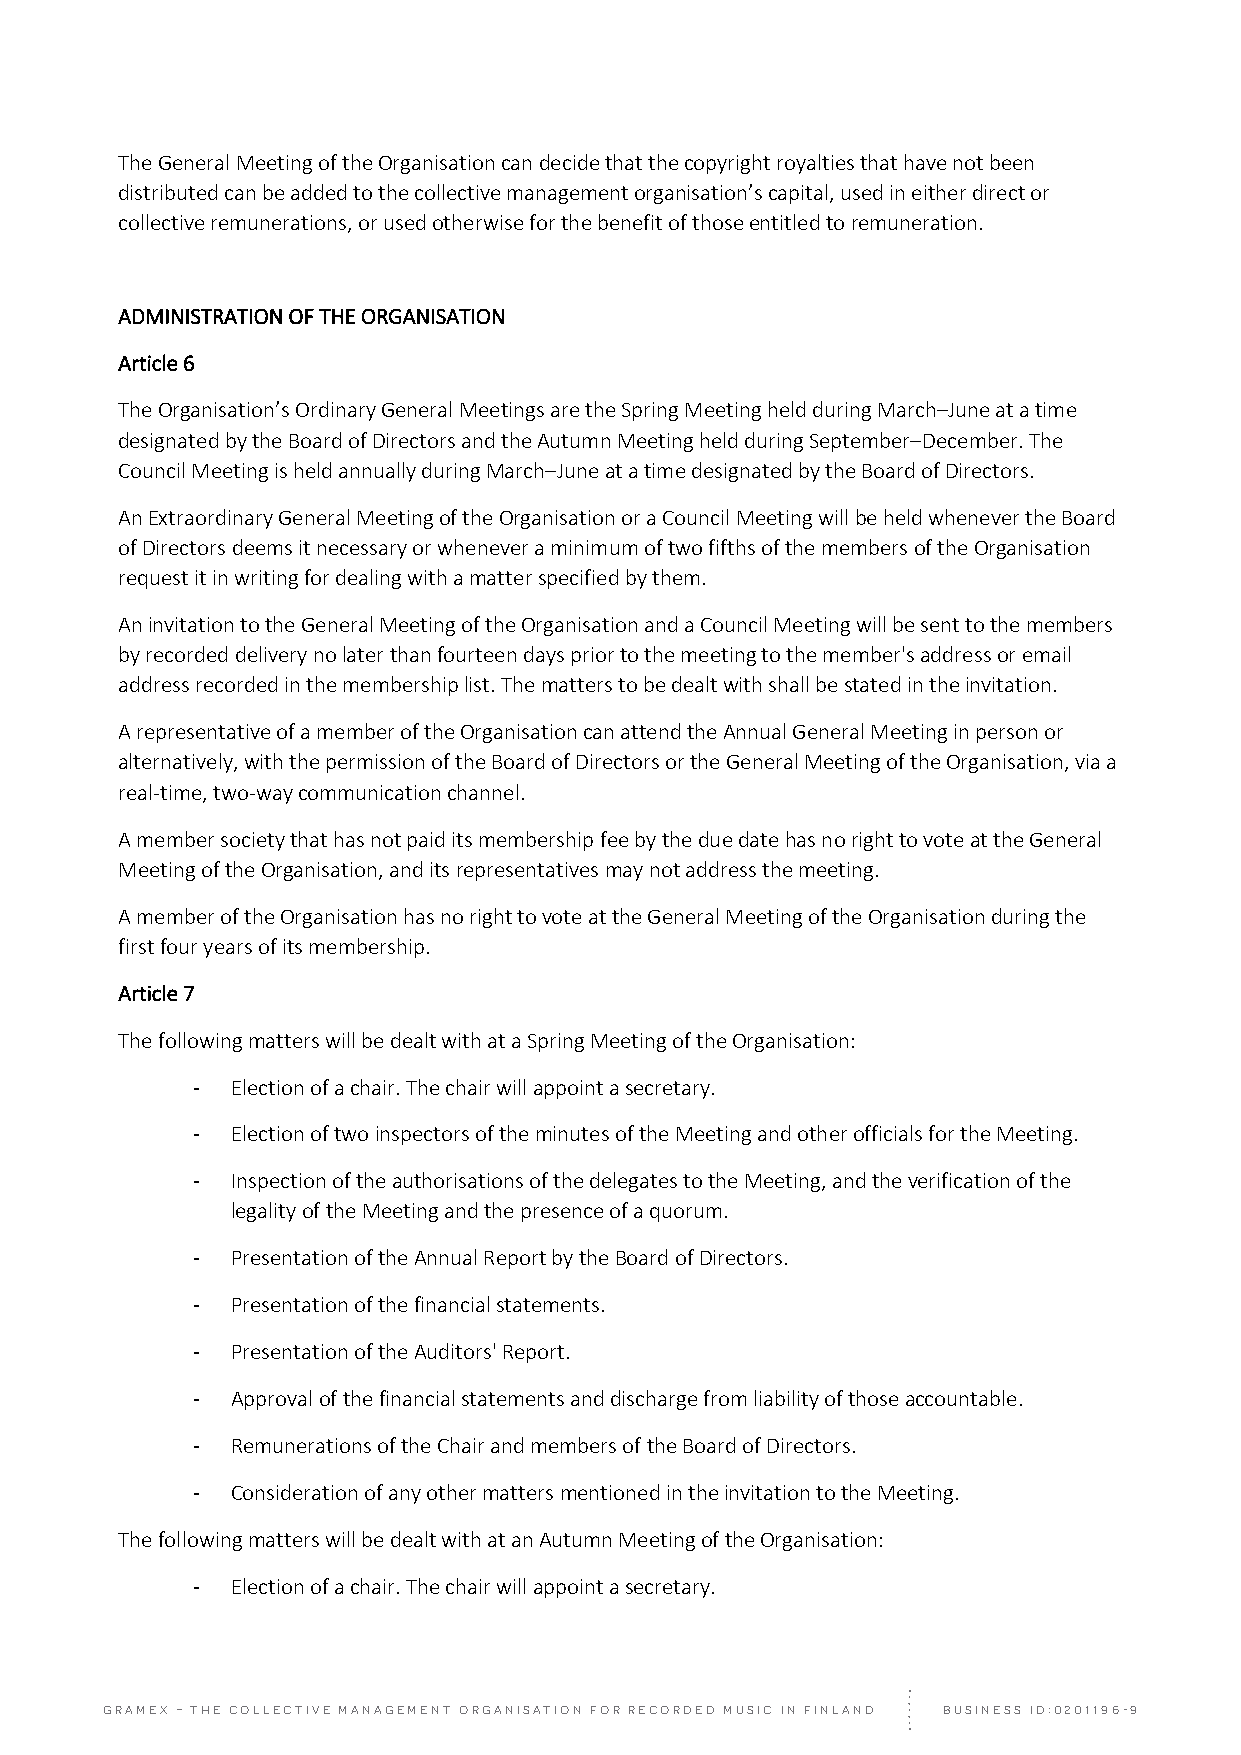
The General Meeting of the Organisation can decide that the copyright royalties that have not been
 distributed can be added to the collective management organisation’s capital, used in either direct or
 collective remunerations, or used otherwise for the benefit of those entitled to remuneration.
 ADMINISTRATION OF THE ORGANISATION
 Article 6
 The Organisation’s Ordinary General Meetings are the Spring Meeting held during March–June at a time
 designated by the Board of Directors and the Autumn Meeting held during September–December. The
 Council Meeting is held annually during March–June at a time designated by the Board of Directors.
 An Extraordinary General Meeting of the Organisation or a Council Meeting will be held whenever the Board
 of Directors deems it necessary or whenever a minimum of two fifths of the members of the Organisation
 request it in writing for dealing with a matter specified by them.
 An invitation to the General Meeting of the Organisation and a Council Meeting will be sent to the members
 by recorded delivery no later than fourteen days prior to the meeting to the member's address or email
 address recorded in the membership list. The matters to be dealt with shall be stated in the invitation.
 A representative of a member of the Organisation can attend the Annual General Meeting in person or
 alternatively, with the permission of the Board of Directors or the General Meeting of the Organisation, via a
 real‐time, two‐way communication channel.
 A member society that has not paid its membership fee by the due date has no right to vote at the General
 Meeting of the Organisation, and its representatives may not address the meeting.
 A member of the Organisation has no right to vote at the General Meeting of the Organisation during the
 first four years of its membership.
 Article 7
 The following matters will be dealt with at a Spring Meeting of the Organisation:
 ‐ Election of a chair. The chair will appoint a secretary.
 ‐ Election of two inspectors of the minutes of the Meeting and other officials for the Meeting.
 ‐ Inspection of the authorisations of the delegates to the Meeting, and the verification of the
 legality of the Meeting and the presence of a quorum.
 ‐ Presentation of the Annual Report by the Board of Directors.
 ‐ Presentation of the financial statements.
 ‐ Presentation of the Auditors' Report.
 ‐ Approval of the financial statements and discharge from liability of those accountable.
 ‐ Remunerations of the Chair and members of the Board of Directors.
 ‐ Consideration of any other matters mentioned in the invitation to the Meeting.
 The following matters will be dealt with at an Autumn Meeting of the Organisation:
 ‐ Election of a chair. The chair will appoint a secretary.
 GRAMEX – THE COLLECTIVE MANAGEMENT ORGANISATION FOR RECORDED MUSIC IN FINLAND BUSINESS ID:0201196-9